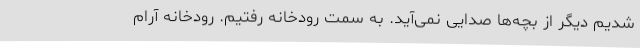
شدیم دیگر از بچه‌ها صدایی نمی‌آید. به سمت رودخانه رفتیم. رودخانه آرام